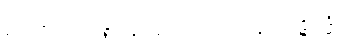
ဧဝံ၊ သို့။ တာဝ၊ စွာ။ နာမမေဝ၊ သည်သာလျှင်။ ပဋိသန္ဓိယံ၊